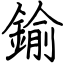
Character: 鍮